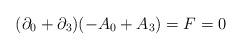
LaTeX: \begin{align*}(\partial _{0}+\partial _{3})(-A_{0}+A_{3})=F=0\end{align*}